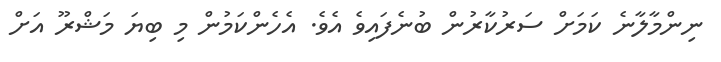
ނިންމާލާނެ ކަމަށް ސަރުކާރުން ބުނެފައިވެ އެވެ. އެހެންކަމުން މި ބިޔަ މަޝްރޫ އަށް